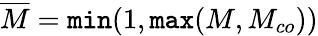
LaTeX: \overline{{M}}=\texttt{min}(1,\texttt{max}(M,M_{co}))